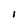
Character: 1